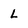
Character: L